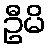
ဦမိ